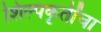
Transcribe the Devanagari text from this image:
शिल्पकृतींचा